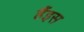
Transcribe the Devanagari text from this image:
हैंइस